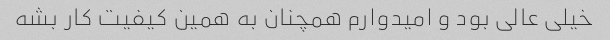
خیلی عالی بود و امیدوارم همچنان به همین کیفیت کار بشه